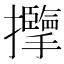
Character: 𱡏